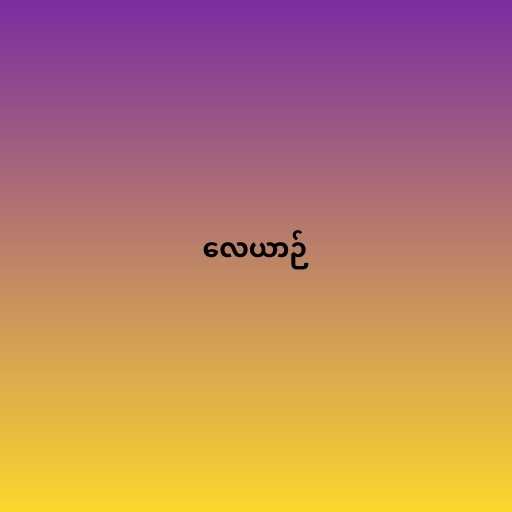
လေယာဉ်